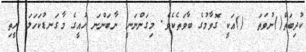
ކުދިބަތް()ނުވަތަ  ()އަކީ ގޮވާމުގެ ބާވަތެކެވެ. މިގަންނަނީ ނާބަންނަ ހުއީގެ މާގަނޑުކަހަލަ ރީތި